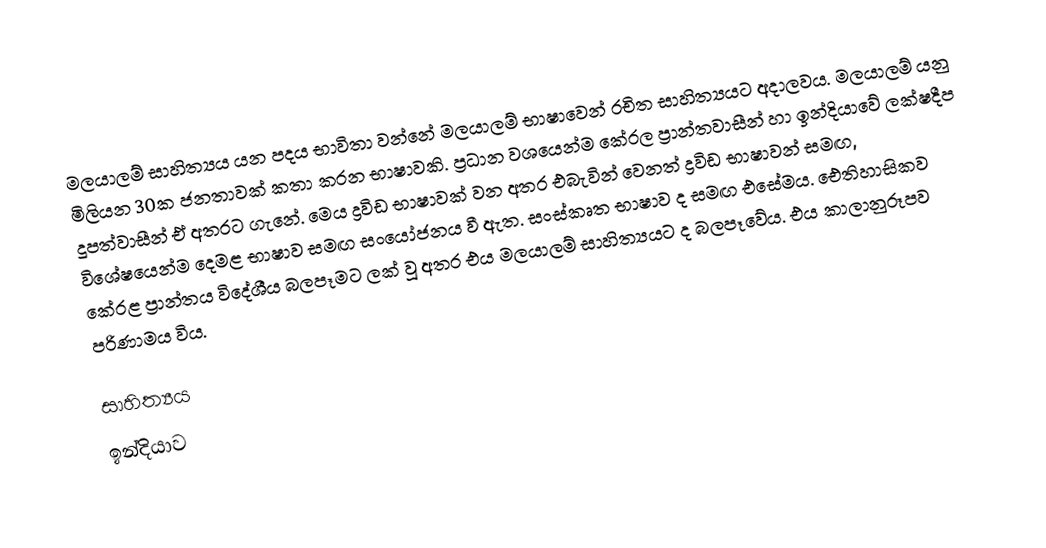
මලයාලම් සාහිත්‍යය යන පදය භාවිතා වන්නේ මලයාලම් භාෂාවෙන් රචිත සාහිත්‍යයට අදාලවය. මලයාලම් යනු මිලියන 30ක ජනතාවක් කතා කරන භාෂාවකි. ප්‍රධාන වශයෙන්ම කේරල ප්‍රාන්තවාසීන් හා ඉන්දියාවේ ලක්ෂදීප දූපත්වාසීන් ඒ අතරට ගැනේ. මෙය ද්‍රවිඩ භාෂාවක් වන අතර එබැවින් වෙනත් ද්‍රවිඩ භාෂාවන් සමඟ, විශේෂයෙන්ම දෙමළ භාෂාව සමඟ සංයෝජනය වී ඇත. සංස්කෘත භාෂාව ද සමඟ එසේමය. ඓතිහාසිකව කේරළ ප්‍රාන්තය විදේශීය බලපෑමට ලක් වූ අතර එය මලයාලම් සාහිත්‍යයට ද බලපෑවේය. එය කාලානුරූපව පරිණාමය විය.

සාහිත්‍යය‍
ඉන්දියාව